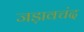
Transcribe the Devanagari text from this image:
जड़ावचंद